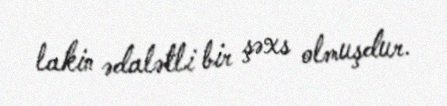
lakin ədalətli bir şəxs olmuşdur.